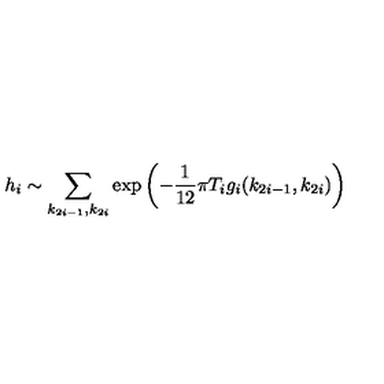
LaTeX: h _ { i } \sim \sum _ { k _ { 2 i - 1 } , k _ { 2 i } } \exp \left( - \frac { 1 } { 1 2 } \pi T _ { i } g _ { i } ( k _ { 2 i - 1 } , k _ { 2 i } ) \right)